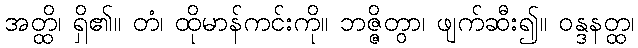
အတ္ထိ၊ ရှိ၏။ တံ၊ ထိုမာန်ကင်းကို။ ဘဇ္ဇိတွာ၊ ဖျက်ဆီး၍။ ဝန္ဒနတ္ထ၊